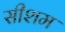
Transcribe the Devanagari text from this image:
सीशम